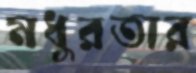
মধুরতার